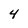
Character: 4